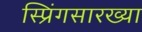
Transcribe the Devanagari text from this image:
स्प्रिंगसारख्या